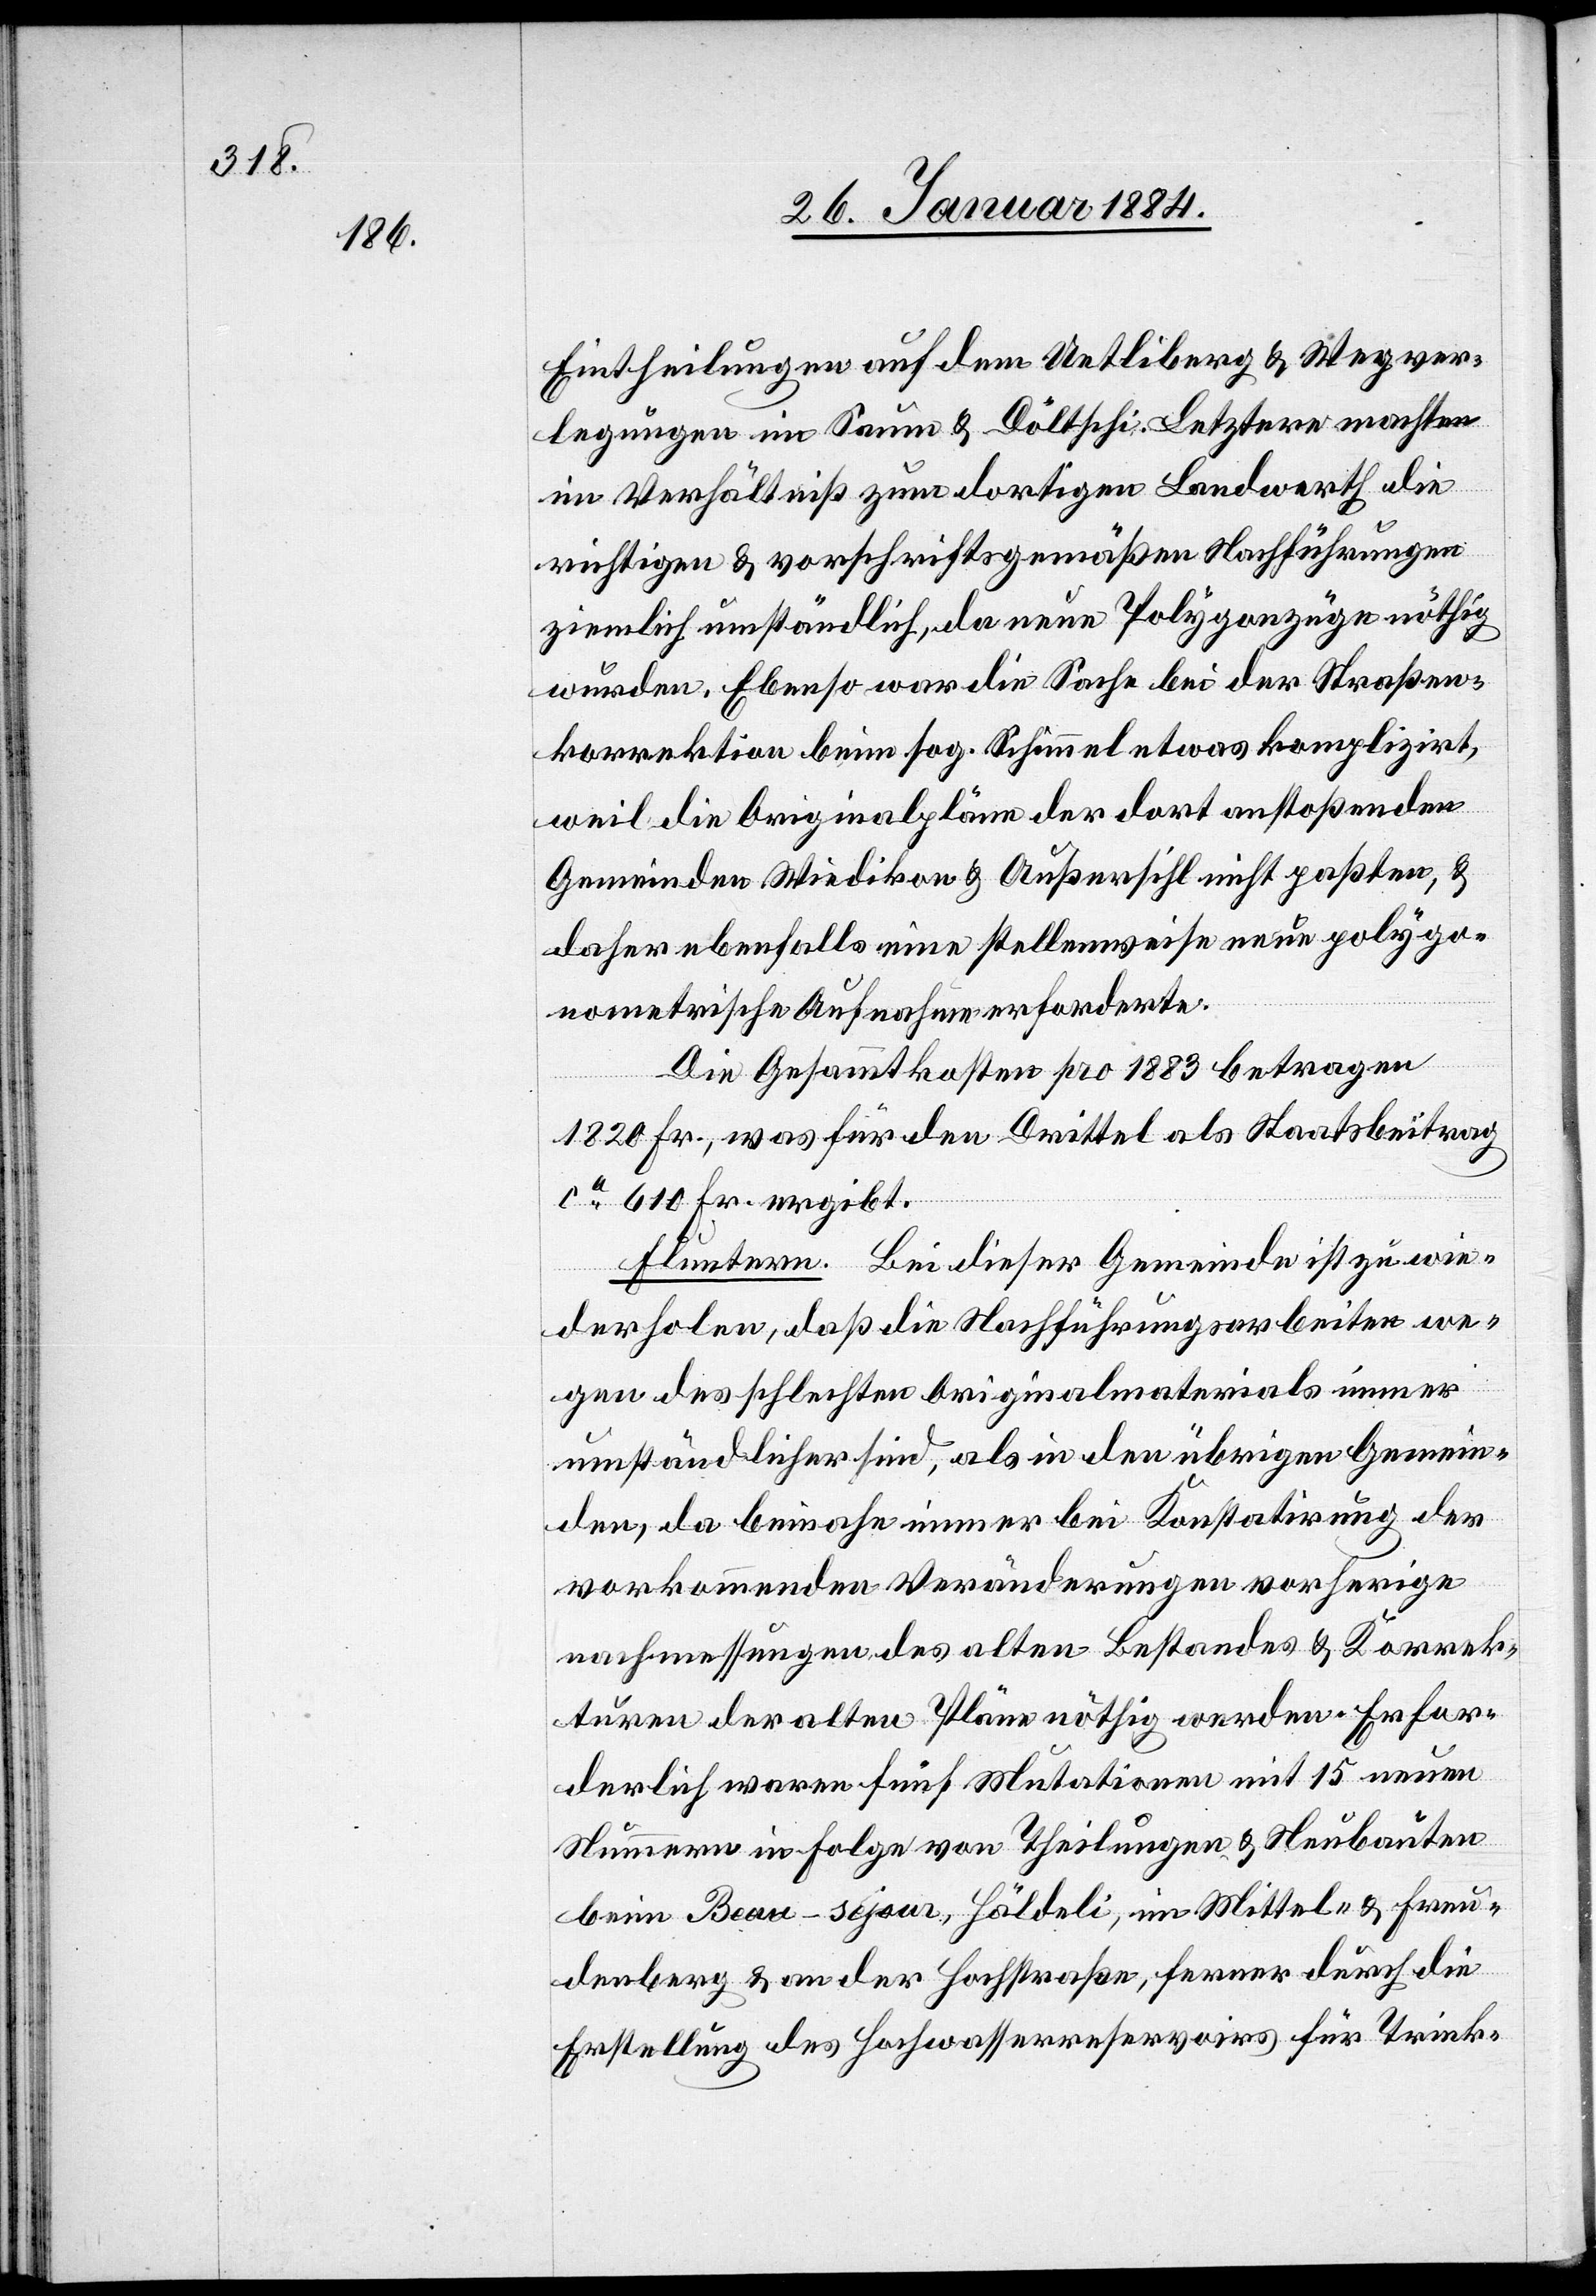
Eintheilungen auf dem Uetliberg & Wegver¬
legungen im Saum & Döltschi. Letztere machten
im Verhältniß zum dortigen Landwerth die
richtigen & vorschriftsgemäßen Nachführungen
ziemlich umständlich, da neue Polygonzüge nöthig
wurden. Ebenso war die Sache bei der Straßen¬
korrektion beim sog. Schimmel etwas komplizirt,
weil die Originalpläne der dort anstoßenden
Gemeinden Wiedikon & Außersihl nicht paßten, &
daher ebenfalls eine stellenweise neue polyge¬
ometrische Aufnahme erforderte.
Die Gesammtkosten pro 1883 betragen
1820 Fr., was für den Drittel als Staatsbeitrag
ca 610 Fr. ergibt.
Fluntern. Bei dieser Gemeinde ist zu wie¬
derholen, daß die Nachführungsarbeiten we¬
gen des schlechten Originalmaterials immer
umständlicher sind, als in den übrigen Gemein¬
den, da beinahe immer bei Konstatierung der
vorkommenden Veränderungen vorherige
Nachmessungen des alten Bestandes & Korrek¬
turen der alten Pläne nöthig werden. Erfor¬
derlich waren fünf Mutationen mit 15 neuen
Nummern in Folge von Theilungen & Neubauten
beim Beau-sejour, Hölderli, im Mittel- & Freu¬
denberg & an der Hochstraße, ferner durch die
Erstellung des Hochwasserreservoirs für Trink-